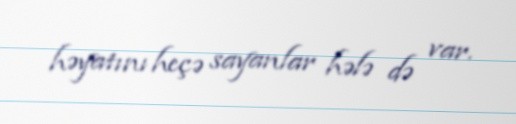
həyatını heçə sayanlar hələ də var.